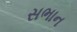
સભાન